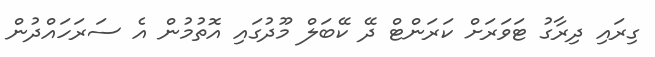
ގިރައި ދިރާގު ޓަވަރަށް ކަރަންޓް ދޭ ކޭބަލް މޫދުގައި އޮތުމުން އެ ސަރަހައްދުން